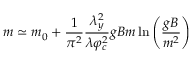
m \simeq m _ { 0 } + \frac { 1 } { \pi ^ { 2 } } \frac { \lambda _ { y } ^ { 2 } } { \lambda \varphi _ { c } ^ { 2 } } g B m \ln \left( \frac { g B } { m ^ { 2 } } \right)